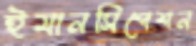
ইমানসিপেশন